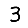
Digit: 3